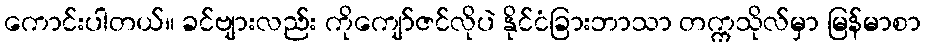
ကောင်းပါတယ်။ ခင်ဗျားလည်း ကိုကျော်ဇင်လိုပဲ နိုင်ငံခြားဘာသာ တက္ကသိုလ်မှာ မြန်မာစာ